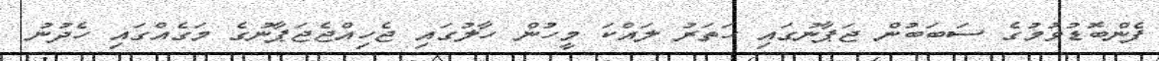
ފެންބޮޑުވުމުގެ ސަބަބުން ޖަޕާނުގައި ހަތަރު ލައްކަ މީހުން ހާލުގައި ޖެހިއްޖެޖަޕާނުގެ މަގެއްގައި ހެދުނު